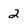
Character: 2